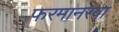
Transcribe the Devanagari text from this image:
फरमानरवा